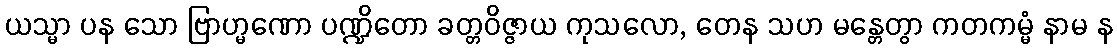
ယသ္မာ ပန သော ဗြာဟ္မဏော ပဏ္ဍိတော ခတ္တဝိဇ္ဇာယ ကုသလော, တေန သဟ မန္တေတွာ ကတကမ္မံ နာမ န